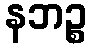
နဘဉ္စ